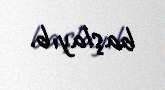
başlayıb.